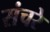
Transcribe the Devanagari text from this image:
संचरे